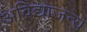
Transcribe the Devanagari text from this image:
अविद्याजन्य